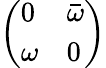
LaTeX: \left(\begin{array}{ll}{0}&{\bar{\omega}}\\ {\omega}&{0}\end{array}\right)